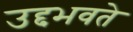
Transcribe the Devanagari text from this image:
उद्दभवते